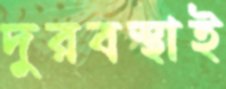
দুরবস্থাই